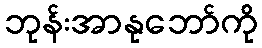
ဘုန်းအာနုဘော်ကို